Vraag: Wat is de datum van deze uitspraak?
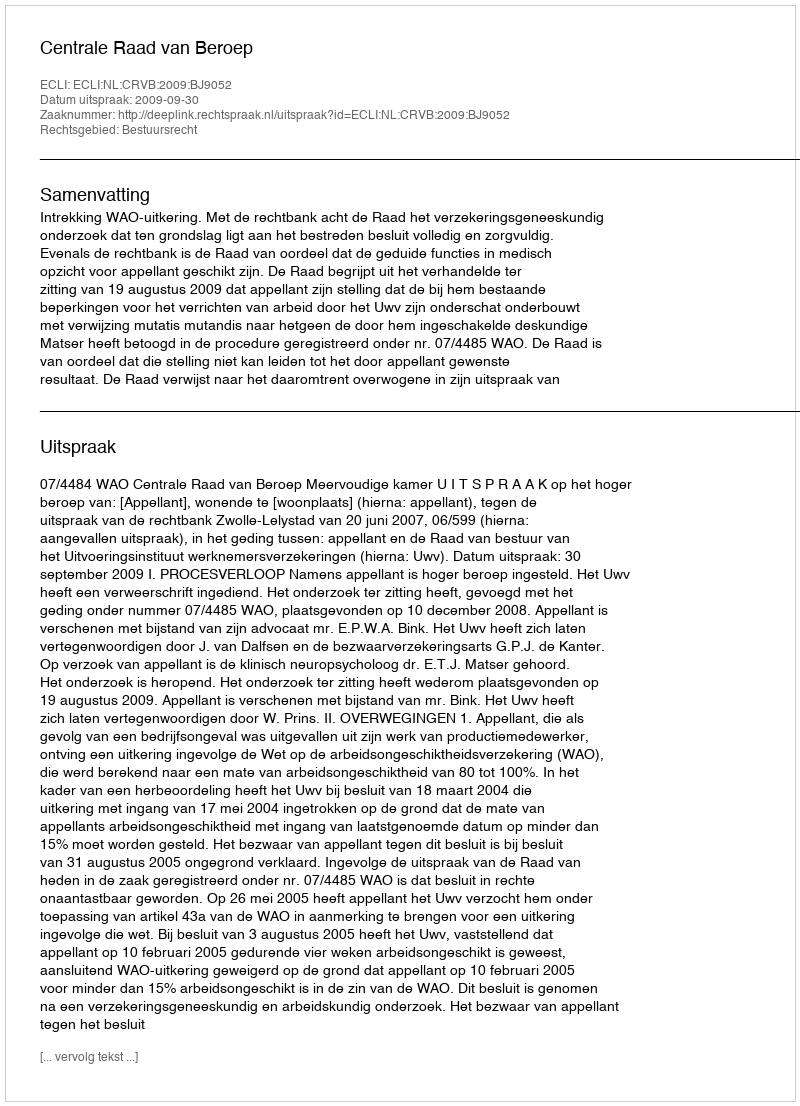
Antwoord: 2009-09-30